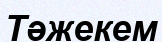
Тәжекем